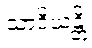
သာဒိယန္တိ